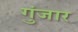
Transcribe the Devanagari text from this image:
गुंजार